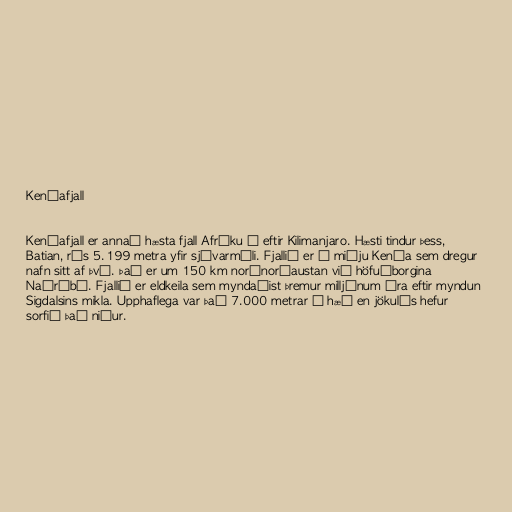
Kenýafjall

Kenýafjall er annað hæsta fjall Afríku á eftir Kilimanjaro. Hæsti tindur þess,
Batian, rís 5.199 metra yfir sjávarmáli. Fjallið er í miðju Kenýa sem dregur
nafn sitt af því. Það er um 150 km norðnorðaustan við höfuðborgina
Naíróbí. Fjallið er eldkeila sem myndaðist þremur milljónum ára eftir myndun
Sigdalsins mikla. Upphaflega var það 7.000 metrar á hæð en jökulís hefur
sorfið það niður.